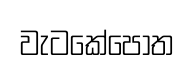
වැටකේපොත